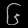
Digit: ၆